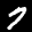
Label: 7